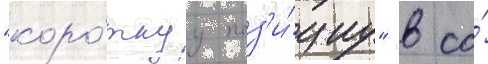
"коро́ткуу поз'и́циу" в со́